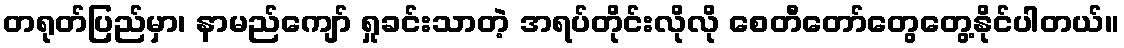
တရုတ်ပြည်မှာ၊ နာမည်ကျော် ရှုခင်းသာတဲ့ အရပ်တိုင်းလိုလို စေတီတော်တွေတွေ့နိုင်ပါတယ်။